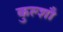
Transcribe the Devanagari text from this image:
कुल्शौ